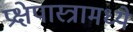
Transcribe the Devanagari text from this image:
प्रक्षेपास्त्रामध्ये